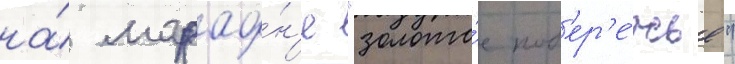
на́ марафо́н'е "золото́е поб'ер'е́жье"